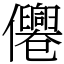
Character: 㒨